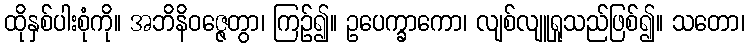
ထိုနှစ်ပါးစုံကို။ အဘိနိဝဇ္ဇေတွာ၊ ကြဉ်၍။ ဥပေက္ခာကော၊ လျစ်လျူရှုသည်ဖြစ်၍။ သတော၊